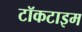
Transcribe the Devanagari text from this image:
टॉकटाइम